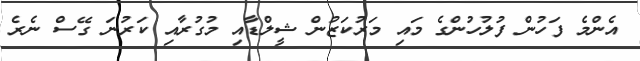
އެންމެ ފަހުން ފުލުހުންގެ މައި މަރުކަޒުން ޝީލްޑާއި މުގުރާއި ކަރުނަ ގޭސް ނެރެ